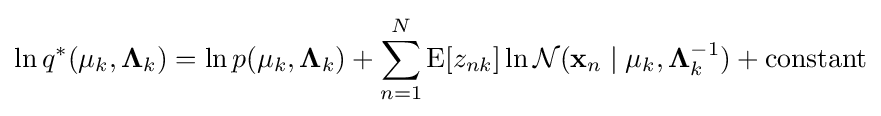
\ln q^{*}(\mathbf {\mu } _{k},\mathbf {\Lambda } _{k})=\ln p(\mathbf {\mu } _{k},\mathbf {\Lambda } _{k})+\sum _{n=1}^{N}\operatorname {E} [z_{nk}]\ln {\mathcal {N}}(\mathbf {x} _{n}\mid \mathbf {\mu } _{k},\mathbf {\Lambda } _{k}^{-1})+{\text{constant}}